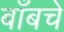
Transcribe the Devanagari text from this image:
बाँबचे